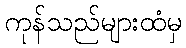
ကုန်သည်များထံမှ